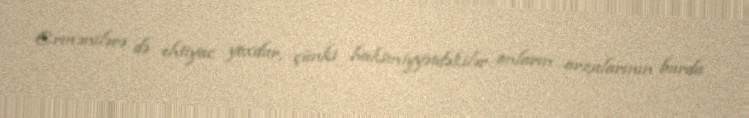
Ermənilərə də ehtiyac yoxdur, çünki hakimiyyətdəkilər onların arzularının burda